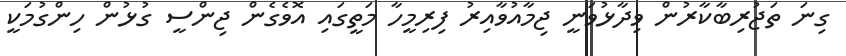
ގިނަ ތަޖުރިބާކާރުން ވިދާޅުވަނީ ޖިމާއުވާއިރު ފިރިމީހާ މަތީގައި އޮވެގެން ޖިންސީ ގުޅުން ހިންގުމަކީ